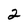
Character: 2